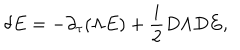
LaTeX: \delta E = - \partial _ { \tau } ( \Lambda E ) + { \frac { i } { 2 } } D \Lambda D E ,